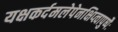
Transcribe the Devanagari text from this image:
यक्षकर्दमलेपेनक्षिप्त्वापुष्पैः